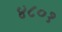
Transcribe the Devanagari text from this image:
४८०१